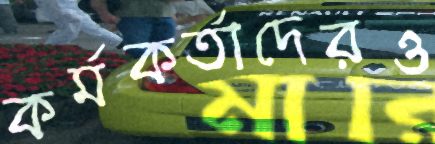
কর্মকর্তাদেরও